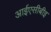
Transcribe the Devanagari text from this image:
आईएसीबीइ